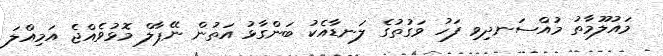
މައުލޫމާތު މުއްސަނދިވި ފަހު ވަގުތުގެ ލަނޑާއެކު ބަންގާޅު އަތުން ނޭޕާލް މޮޅުވެއްޖެ އަމިއްލަ